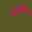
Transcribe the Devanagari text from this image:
आवृत्तीनिमित्त